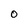
Character: O